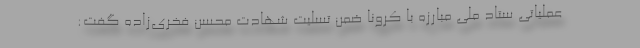
عملیاتی ستاد ملی مبارزه با کرونا ضمن تسلیت شهادت محسن فخری‌زاده گفت:‌